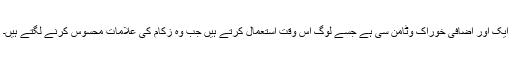
ایک اور اضافی خوراک وٹامن سی ہے جسے لوگ اس وقت استعمال کرتے ہیں جب وہ زکام کی علامات محسوس کرنے لگتے ہیں۔